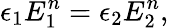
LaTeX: \epsilon_{1}E_{1}^{n}=\epsilon_{2}E_{2}^{n},